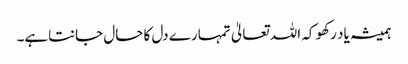
ہمیشہ یاد رکھو کہ اللہ تعالیٰ تمہارے دل کا حال جانتاہے۔